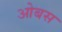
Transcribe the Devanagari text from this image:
ओबस